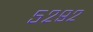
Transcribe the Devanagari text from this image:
५२९२